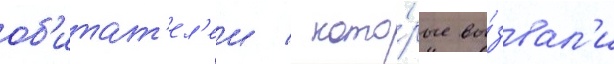
об'итат'ел'еи / кото́рые вы́звал'и